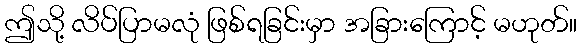
ဤသို့ လိပ်ပြာမလုံ ဖြစ်ရခြင်းမှာ အခြားကြောင့် မဟုတ်။